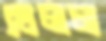
খেলল